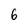
Character: 6